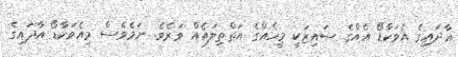
އާދައިގެ އެވަކާޑޯ އެއްގެ ސައިޒަކީ މީހެއްގެ އަތްތިލައެއް ވަރެވެ. ނަމެވެސް މިއެވަކާޑޯ އާދައިގެ